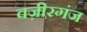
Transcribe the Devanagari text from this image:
वज़ीरगंज